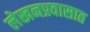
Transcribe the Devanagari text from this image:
लेखनप्रवासात